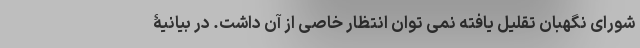
شورای نگهبان تقلیل یافته نمی توان انتظار خاصی از آن داشت. در بیانیۀ